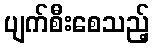
ပျက်စီးစေသည့်